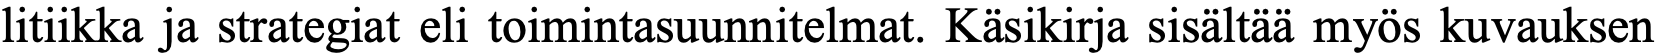
litiikka ja strategiat eli toimintasuunnitelmat. Käsikirja sisältää myös kuvauksen